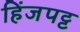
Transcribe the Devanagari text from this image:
हिंजपट्ट